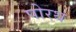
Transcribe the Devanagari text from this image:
पोरथ